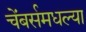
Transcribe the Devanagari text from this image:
चेंबर्समधल्या